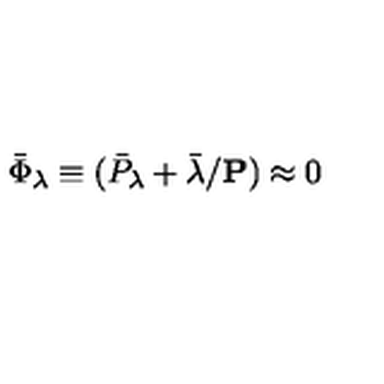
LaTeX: \bar { \Phi } _ { \lambda } \equiv ( \bar { P } _ { \lambda } + \bar { \lambda } / { { \bf P } } ) \approx 0